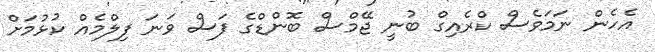
އެހެން ނަމަވެސް ކްރެއިގް ބުނީ ޖޭމްސް ބޮންޑްގެ ފަސް ވަނަ ފިލްމެއް ކުޅުމަށް